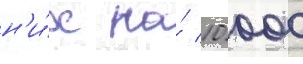
н'и́х на́ 10 000